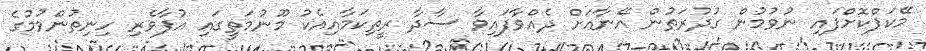
މޭކަޕްކޮށްފައި ނުވުމުން ގުދުރަތުން އޭނާއަށް ދެއްވާފައިވާ ސާދާ ރީތިކަމާއިއެކު މޫނުމަތީގައި އުފާވެރި ހިނިތުންވުމުގެ